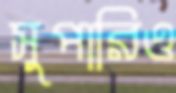
সুপারিও